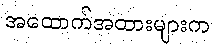
အထောက်အထားများက